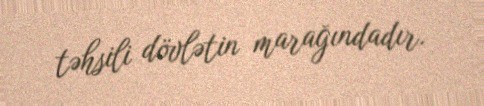
təhsili dövlətin marağındadır.